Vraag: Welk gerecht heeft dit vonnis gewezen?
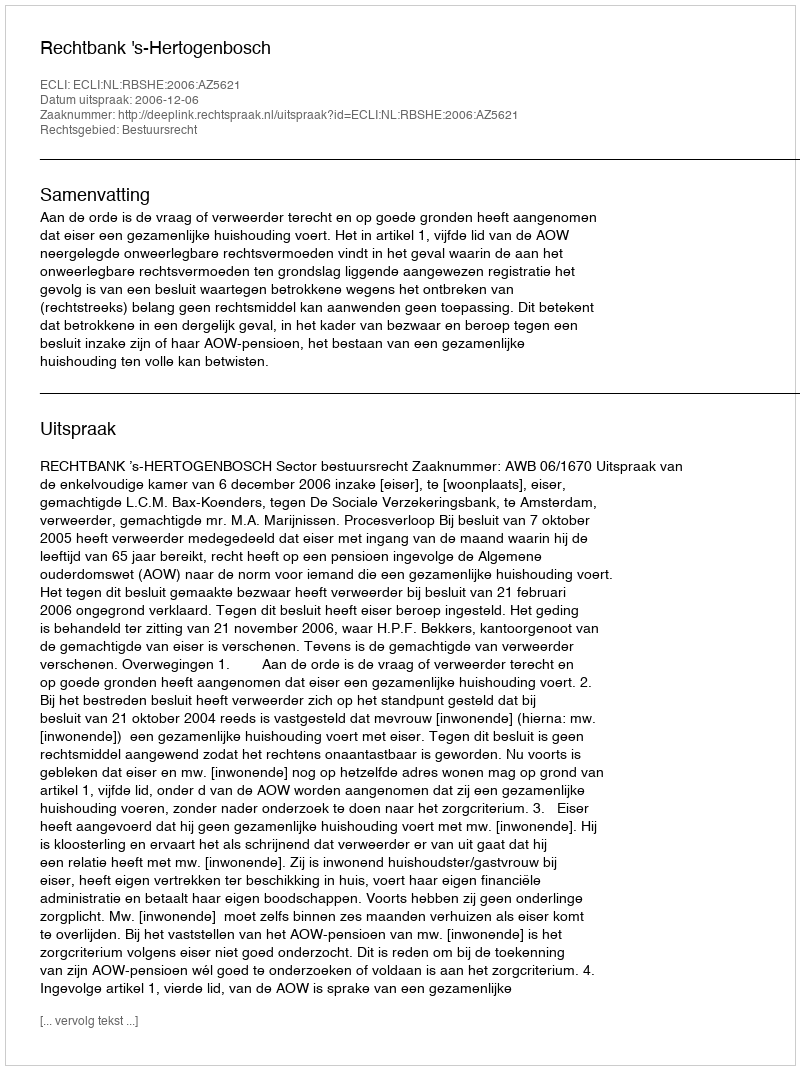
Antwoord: Rechtbank 's-Hertogenbosch